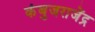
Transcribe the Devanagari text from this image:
कंबुजराजेंद्र